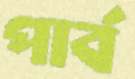
পার্ব